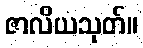
ဇာလိယသုတ်။